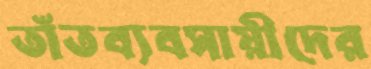
তাঁতব্যবসায়ীদের